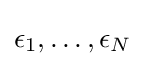
\epsilon _{1},\dots ,\epsilon _{N}